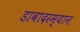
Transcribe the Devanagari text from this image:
डावादरम्यान